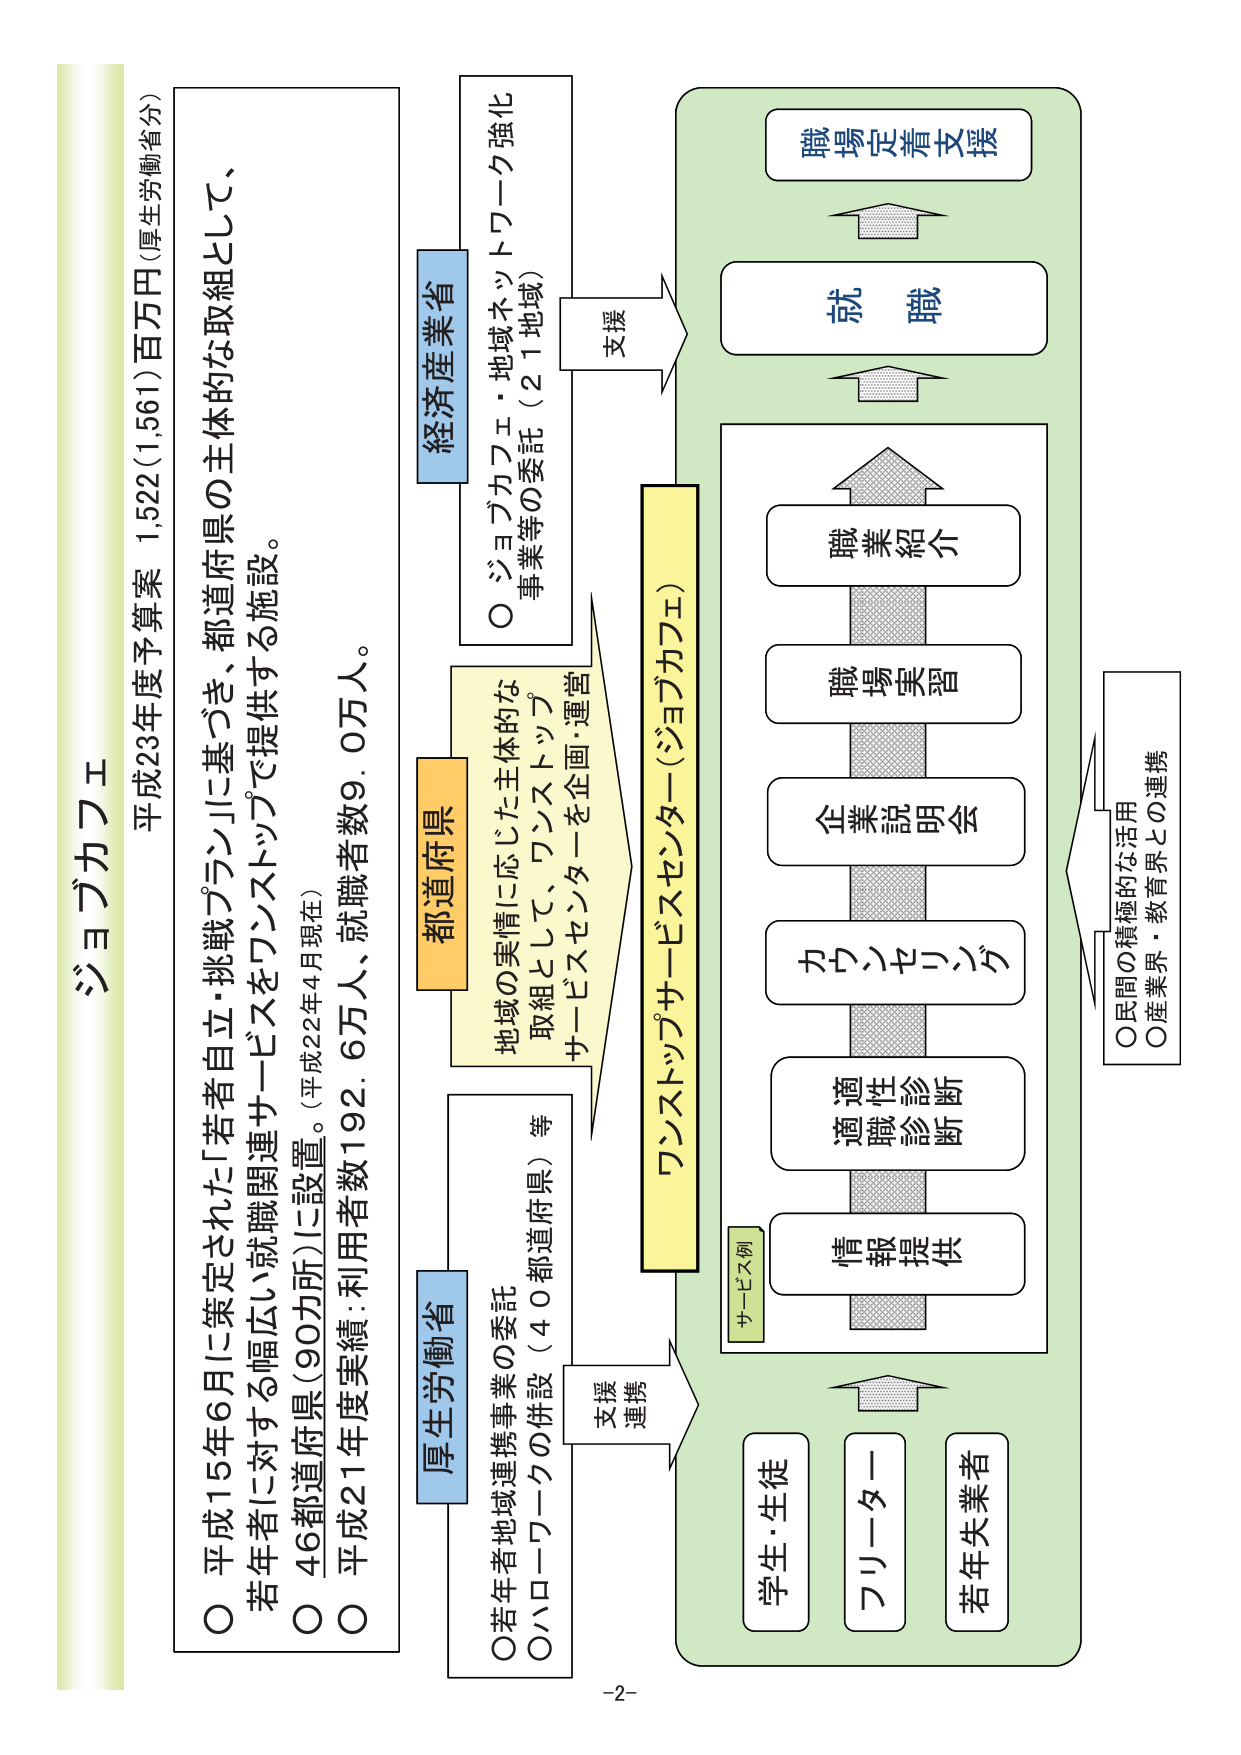
ジヨブカフェ
平成23年度予算案 1,522(1,561)百万円(厚生労働省分)

○ 平成15年6月に策定された「若者自立・挑戦プラン」に基づき、都道府県の主体的な取組として、
若年者に対する幅広い就職関連サービスをワンストップで提供する施設。
○ 46都道府県(90カ所)に設置。(平成22年4月現在)
○ 平成21年度実績:利用者数192.6万人、就職者数9.0万人。

厚生労働省
○ 若年者地域連携事業の委託
○ ハローワークの併設(40都道府県)等

経済産業省
○ ジョブカフェ・地域ネットワーク強化
事業等の委託(21地域)

都道府県
地域の実情に応じた主体的な
取組として、ワンストップ
サービスセンターを企画・運営

ワンストップサービスセンター(ジョブカフェ)

支援
支援
連携

サービス例
情報提供
適職性診断
カウンセリング
企業説明会
職場実習
職業紹介
就職
職場定着支援

学生・生徒
フリーター
若年失業者

○ 民間の積極的な活用
○ 産業界・教育界との連携

-2-